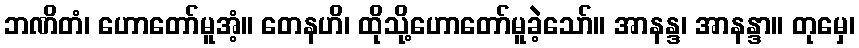
ဘဏိတံ၊ ဟောတော်မူအံ့။ တေနဟိ၊ ထိုသို့ဟောတော်မူခဲ့သော်။ အာနန္ဒ၊ အာနန္ဒာ။ တုမှေ၊